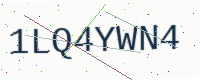
Text: 1LQ4YWN4